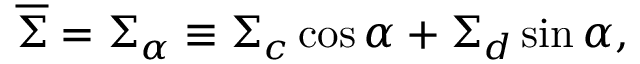
\overline { { \Sigma } } = \Sigma _ { \alpha } \equiv \Sigma _ { c } \cos \alpha + \Sigma _ { d } \sin \alpha ,